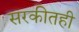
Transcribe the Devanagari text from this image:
सरकीतही